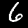
Label: 6